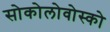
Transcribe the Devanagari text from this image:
सोकोलोवोस्को